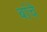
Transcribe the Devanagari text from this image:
बांचे